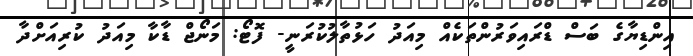
އިންޑިޔާގެ ބަސް ޑްރައިވަރުންތަކެއް މިއަދު ހަޅުތާލުކުރަނީ- ފޮޓޯ: މަނޯޖް ޑާކާ މިއަދު ކުރިއަށްދާ